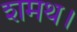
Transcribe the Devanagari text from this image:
शमथ।